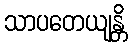
သာပတေယျန္တိ